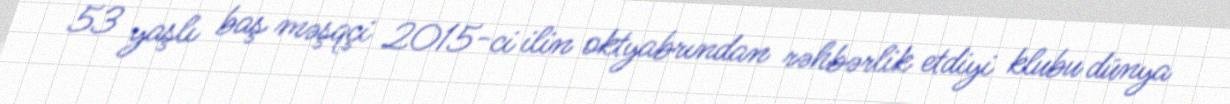
53 yaşlı baş məşqçi 2015-ci ilin oktyabrından rəhbərlik etdiyi klubu dünya